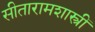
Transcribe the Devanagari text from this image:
सीतारामशास्त्रीं